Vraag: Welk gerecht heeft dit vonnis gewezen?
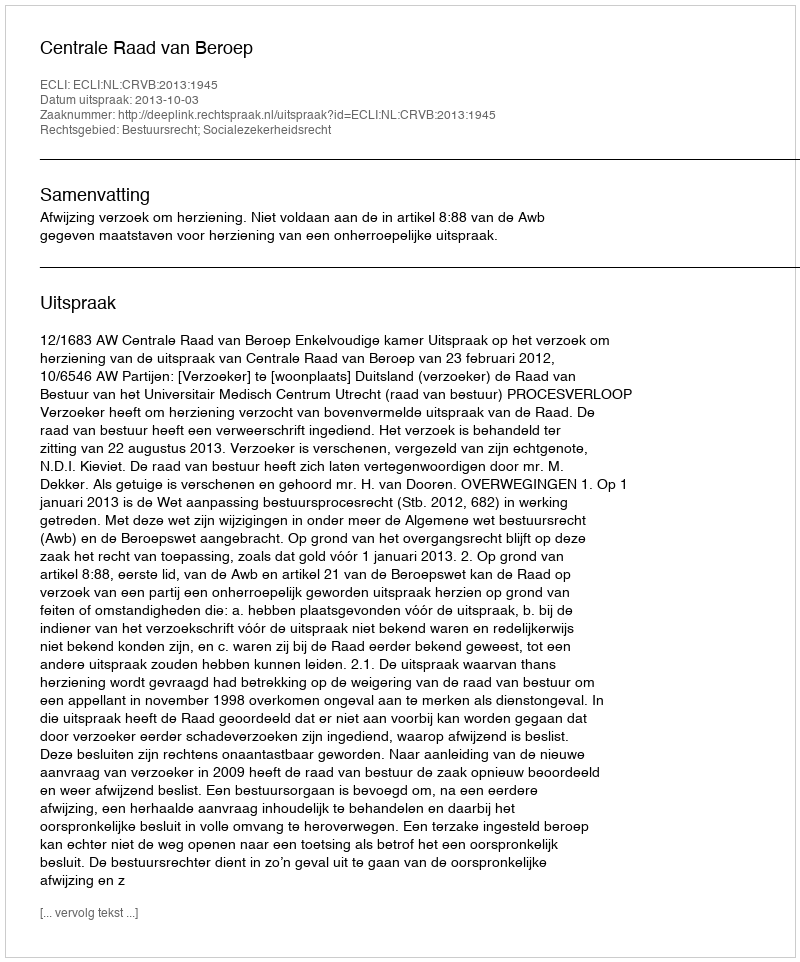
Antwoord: Centrale Raad van Beroep